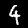
Label: 4